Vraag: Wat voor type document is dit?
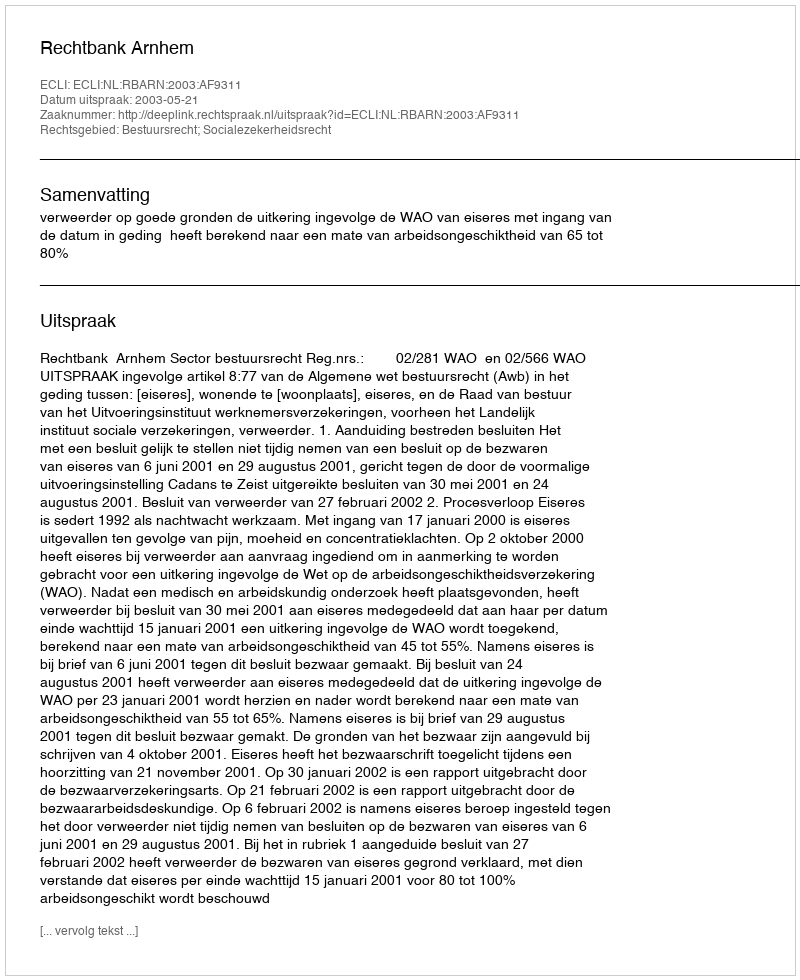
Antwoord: Uitspraak